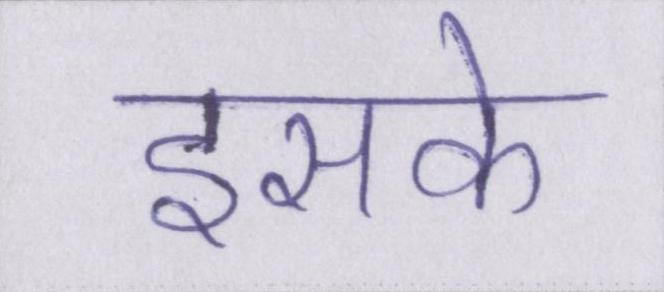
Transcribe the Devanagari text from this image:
इसके